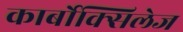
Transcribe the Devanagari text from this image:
कार्बोक्सिलेज